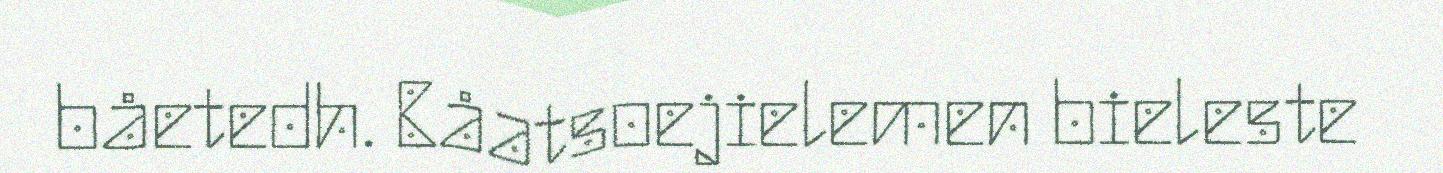
båetedh. Båatsoejielemen bieleste